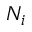
N _ { i }